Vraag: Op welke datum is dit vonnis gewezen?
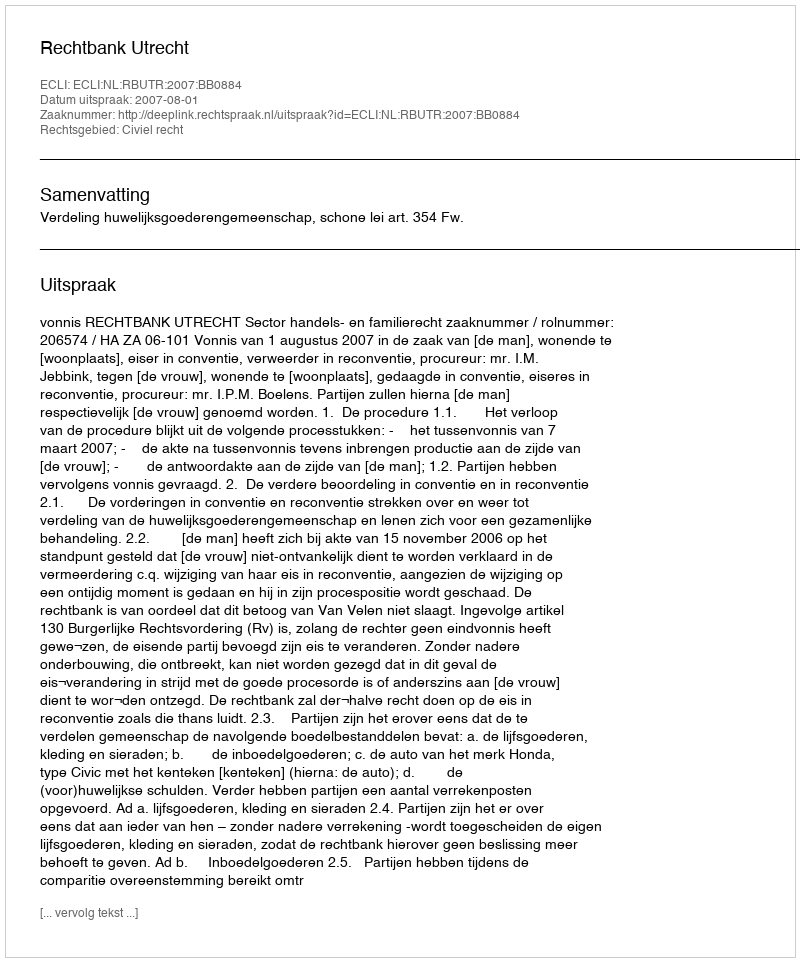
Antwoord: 2007-08-01